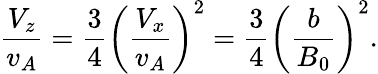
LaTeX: \frac{V_{z}}{v_{A}}=\frac{3}{4}\left(\frac{V_{x}}{v_{A}}\right)^{2}=\frac{3}{4}\left(\frac{b}{B_{0}}\right)^{2}.